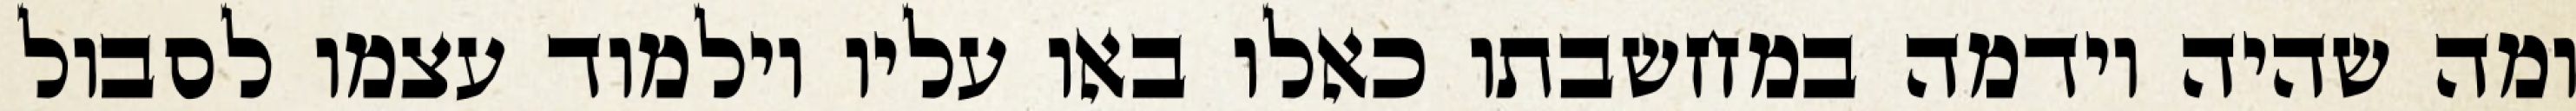
ומה שהיה וידמה במחשבתו כאלו באו עליו וילמוד עצמו לסבול